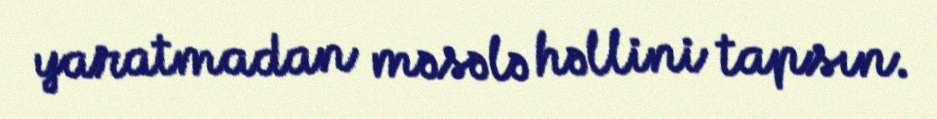
yaratmadan məsələ həllini tapsın.